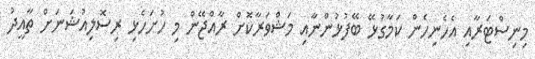
މިނިސްޓަރާއި އެހެނިހެން ކަމާގުޅޭ ބޭފުޅުންނާއި މަޝްވަރާކޮށް ރާއްޖޭން މި ހުށަހެޅި ރިސޮލިއުޝަނަށް ތާއީދު